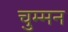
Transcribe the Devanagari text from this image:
चुम्मन